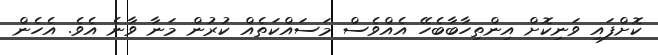
ކޮށްފައި ވަނިކޮށް އިންތިހާބާބެހޭ އެއްވެސް މަސައްކަތެއް ކުރުން މަނާ ވާނެ އެވެ. އެހެން